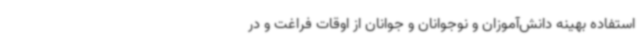
استفاده بهینه دانش‌آموزان و نوجوانان و جوانان از اوقات فراغت و در